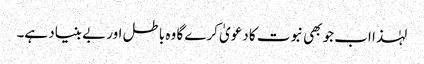
لہٰذا اب جو بھی نبوت کا دعویٰ کرے گا وہ باطل اور بے بنیاد ہے۔